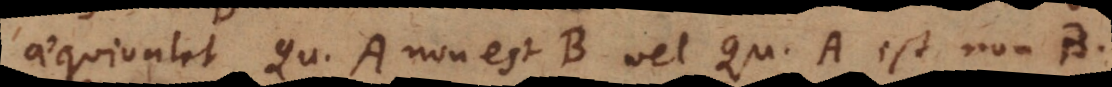
aequivalet Quoddam A non est B vel Quoddam A est non-B.